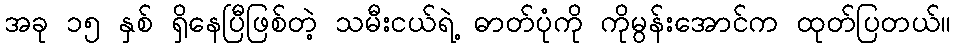
အခု ၁၅ နှစ် ရှိနေပြီဖြစ်တဲ့ သမီးငယ်ရဲ့ ဓာတ်ပုံကို ကိုမွန်းအောင်က ထုတ်ပြတယ်။